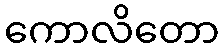
ကောလိတော